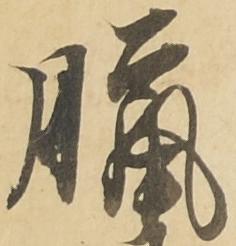
臘